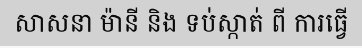
សាសនា ម៉ានី និង ទប់ស្កាត់ ពី ការធ្វើ